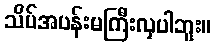
သိပ်အပန်းမကြီးလှပါဘူး။